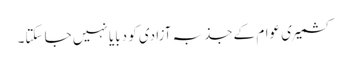
کشمیری عوام کے جذبہ آزادی کو دبایا نہیں جا سکتا۔